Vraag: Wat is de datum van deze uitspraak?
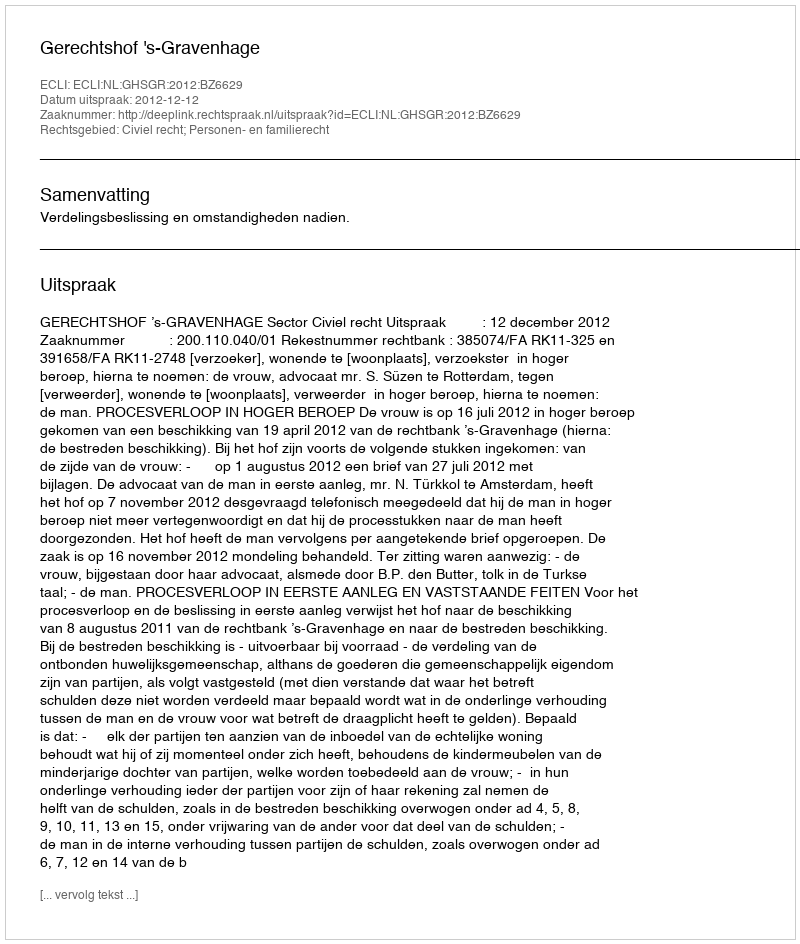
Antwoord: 2012-12-12